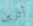
أترين